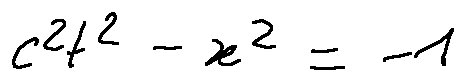
c ^ { 2 } t ^ { 2 } - x ^ { 2 } = - 1